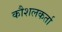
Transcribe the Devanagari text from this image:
कौशलकर्ता